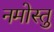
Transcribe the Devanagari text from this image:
नमोस्तु